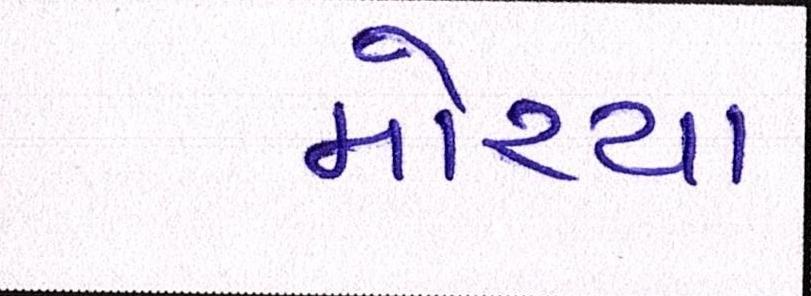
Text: મોરચા